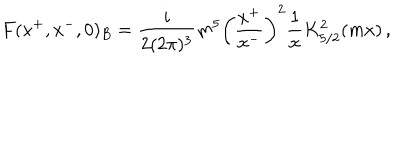
F ( x ^ { + } , x ^ { - } , 0 ) _ { B } = \frac { i } { 2 ( 2 \pi ) ^ { 3 } } m ^ { 5 } \left( \frac { x ^ { + } } { x ^ { - } } \right) ^ { 2 } \frac { 1 } { x } K _ { 5 / 2 } ^ { 2 } ( m x ) \, ,